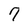
Character: 7